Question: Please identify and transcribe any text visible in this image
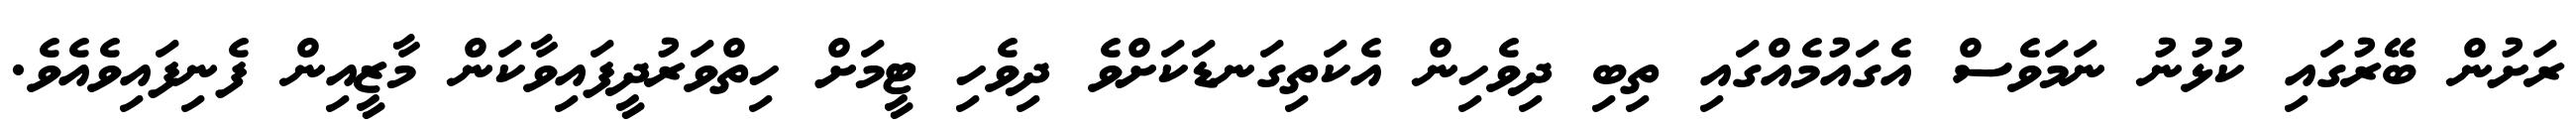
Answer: ރަށުން ބޭރުގައި ކުޅުނު ނަމަވެސް އެގައުމެއްގައި ތިބި ދިވެހިން އެކަތިގަނޑަކަށްވެ ދިވެހި ޓީމަށް ހިތްވަރުދީފައިވާކަން މާޒީއިން ފެނިފައިވެއެވެ.